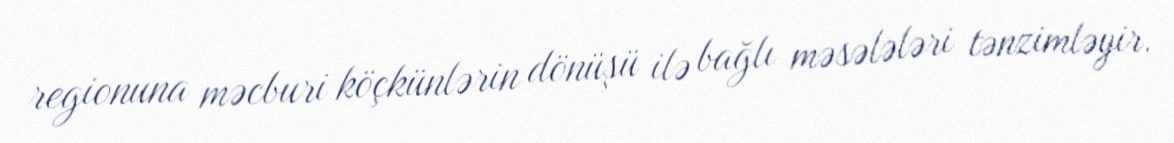
regionuna məcburi köçkünlərin dönüşü ilə bağlı məsələləri tənzimləyir.